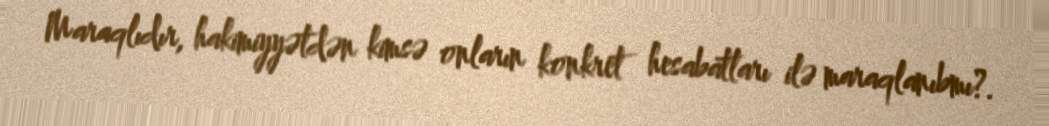
Maraqlıdır, hakimiyyətdən kimsə onların konkret hesabatları ilə maraqlanıbmı?.